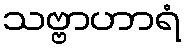
သဗ္ဗာဟာရံ